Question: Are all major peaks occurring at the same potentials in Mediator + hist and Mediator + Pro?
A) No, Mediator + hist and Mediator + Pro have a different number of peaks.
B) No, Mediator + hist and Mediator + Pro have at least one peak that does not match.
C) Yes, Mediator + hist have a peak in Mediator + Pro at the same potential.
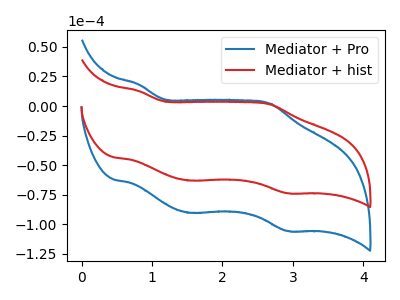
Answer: <think>The blue curve "Mediator + Pro" has anodic peaks at (0.80V, 18.30uA) (2.65V, 2.05uA) and cathodic peaks at (1.55V, -90.40uA) (2.95V, -105.80uA). The red curve "Mediator + hist" has anodic peaks at (0.80V, 12.75uA) (2.65V, 1.45uA) and cathodic peaks at (1.55V, -63.10uA) (2.95V, -73.85uA).</think>
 <answer>C) Yes, "Mediator + hist" have a peak in "Mediator + Pro" at the same potential.</answer>
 <eval>C</eval>